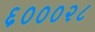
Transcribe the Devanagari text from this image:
६०००२८